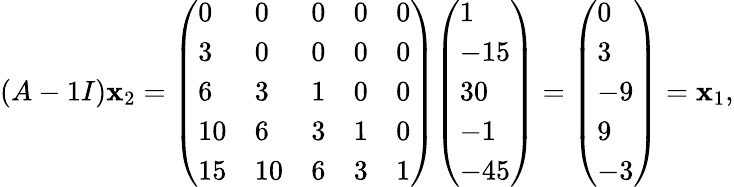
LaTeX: (A-1I)\mathbf{x}_{2}={\left(\begin{array}{lllll}{0}&{0}&{0}&{0}&{0}\\ {3}&{0}&{0}&{0}&{0}\\ {6}&{3}&{1}&{0}&{0}\\ {10}&{6}&{3}&{1}&{0}\\ {15}&{10}&{6}&{3}&{1}\end{array}\right)}{\left(\begin{array}{l}{1}\\ {-15}\\ {30}\\ {-1}\\ {-45}\end{array}\right)}={\left(\begin{array}{l}{0}\\ {3}\\ {-9}\\ {9}\\ {-3}\end{array}\right)}=\mathbf{x}_{1},